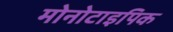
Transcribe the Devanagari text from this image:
मोनोटाइपिक